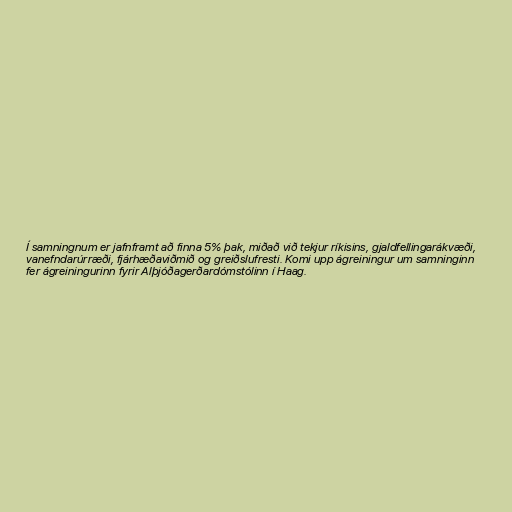
Í samningnum er jafnframt að finna 5% þak, miðað við tekjur ríkisins, gjaldfellingarákvæði,
vanefndarúrræði, fjárhæðaviðmið og greiðslufresti. Komi upp ágreiningur um samninginn
fer ágreiningurinn fyrir Alþjóðagerðardómstólinn í Haag.